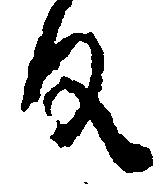
反